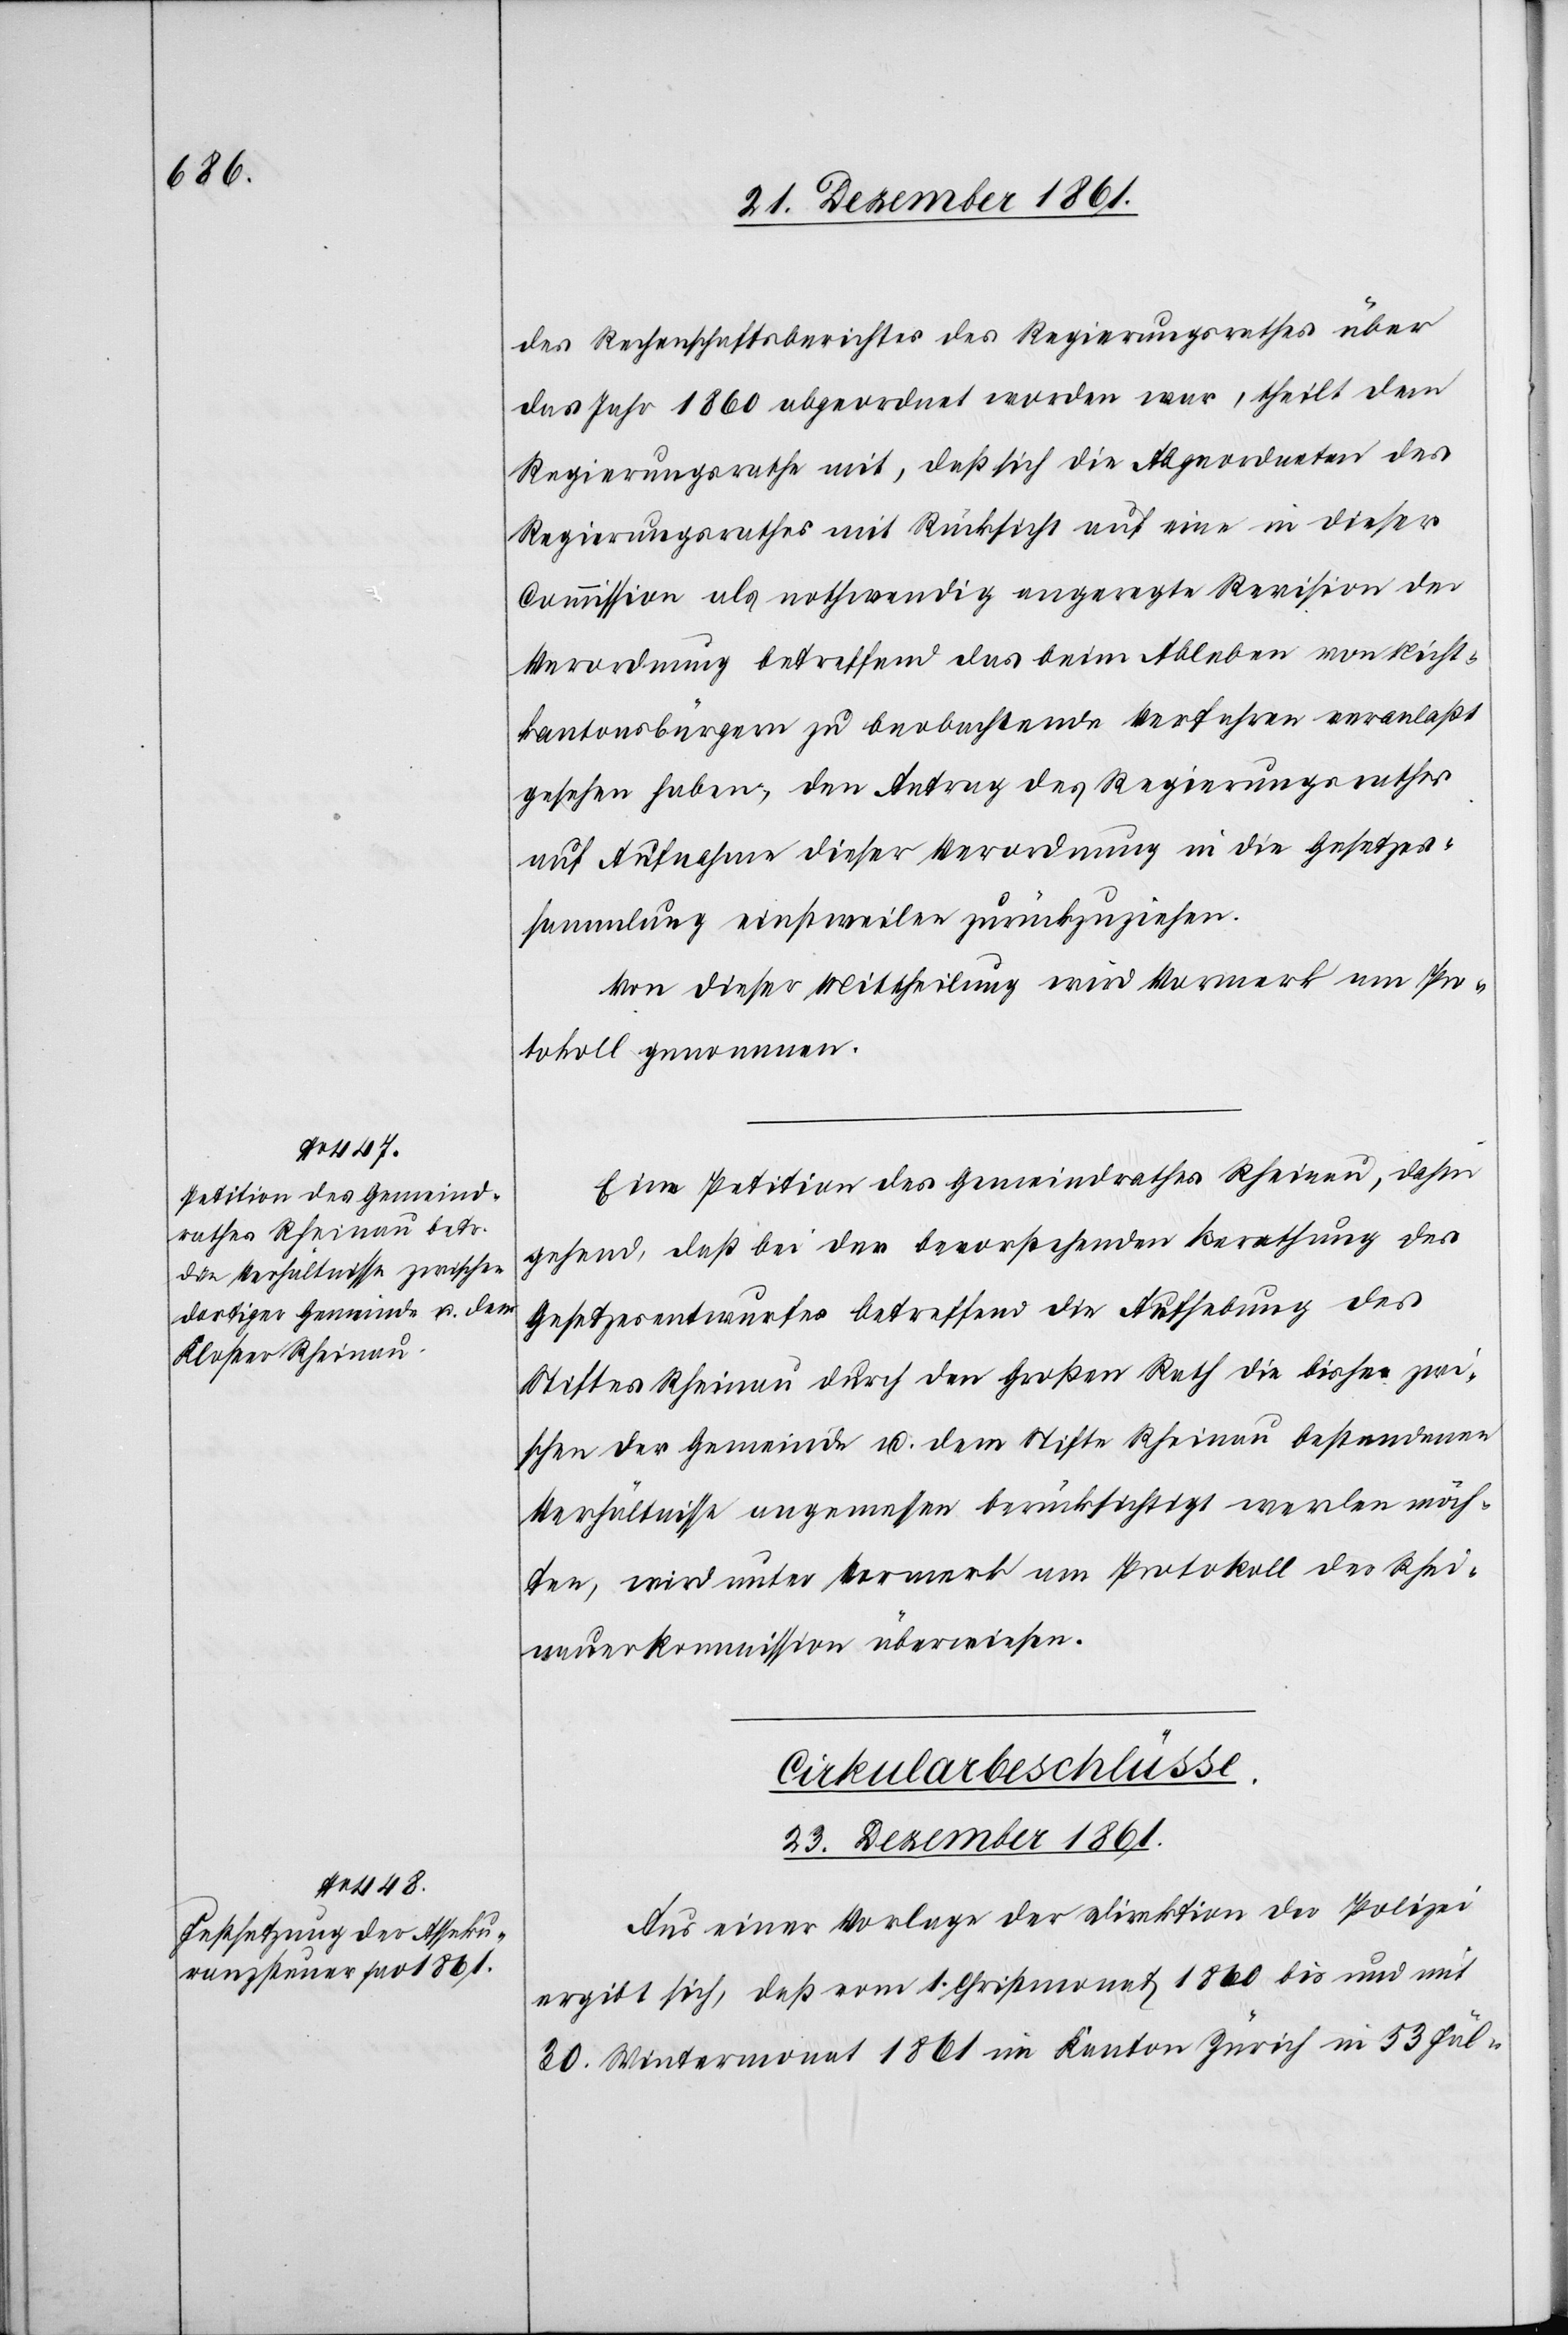
23 Dezember 1861.
des Rechenschaftsberichtes des Regierungsrathes über
das Jahr 1860 abgeordnet worden war, theilt dem
Regierungsrathe mit, daß sich die Abgeordneten des
Regierungsrathes mit Rücksicht auf eine in dieser
Commission als nothwendig angeregte Revision der
Verordnung betreffend das beim Ableben vom Nicht¬
kantonsbürgern zu beobachtende Verfahren veranlaßt
gesehen haben, den Antrag des Regierungsrathes
auf Aufnahme dieser Verordnung in die Gesetzes¬
sammlung einstweilen zurückziehen.
Von dieser Mittheilung wird Vormerk am Pro¬
tokoll genommen.
Eine Petition des Gemeindrathes Rheinau, dahin
gehend, daß bei der bevorstehenden Berathung des
Gesetzesentwurfes betreffend die Aufhebung des
Stiftes Rheinau durch den Großen Rath die bisher zwi¬
schen der Gemeinde u. dem Stifte Rheinau bestandenen
Verhältnisse angemessen berücksichtigt werden möch¬
ten, wird unter Vormerk am Protokoll der Rhei¬
nauerkommission überwiesen.
Cirkularbeschlüsse.
Aus einer Vorlage der Direktion der Polizei
ergibt sich, daß vom 1 Christmonat 1860 bis und mit
30 Wintermonat 1861 im Kanton Zürich in 53 Fäl-